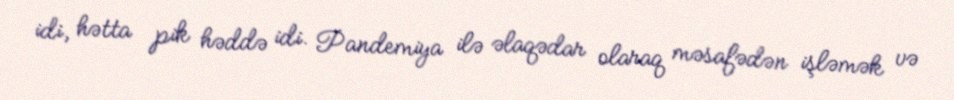
idi, hətta pik həddə idi. Pandemiya ilə əlaqədar olaraq məsafədən işləmək və